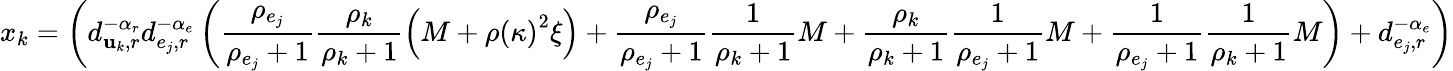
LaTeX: x_{k}=\left(d_{\mathbf{u}_{k},r}^{-\alpha_{r}}d_{e_{j},r}^{-\alpha_{e}}\left(\frac{{\rho_{e_{j}}}}{{\rho_{e_{j}}+1}}\frac{{\rho_{k}}}{{\rho_{k}+1}}\left(M+\rho\left(\kappa\right)^{2}\xi\right)+\frac{{\rho_{e_{j}}}}{{\rho_{e_{j}}+1}}\frac{{1}}{{\rho_{k}+1}}M+\frac{{\rho_{k}}}{{\rho_{k}+1}}\frac{{1}}{{\rho_{e_{j}}+1}}M+\frac{{1}}{{\rho_{e_{j}}+1}}\frac{{1}}{{\rho_{k}+1}}M\right)+d_{e_{j},r}^{-\alpha_{e}}\right)